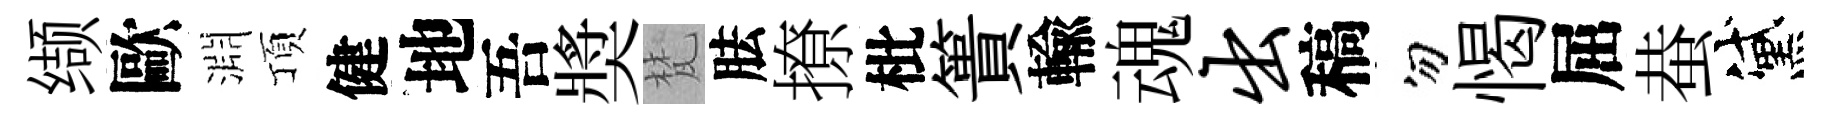
缬歐淵頂健地吾奬梵胠撩枇簣輸魂出稿勿愒屈蛬黛